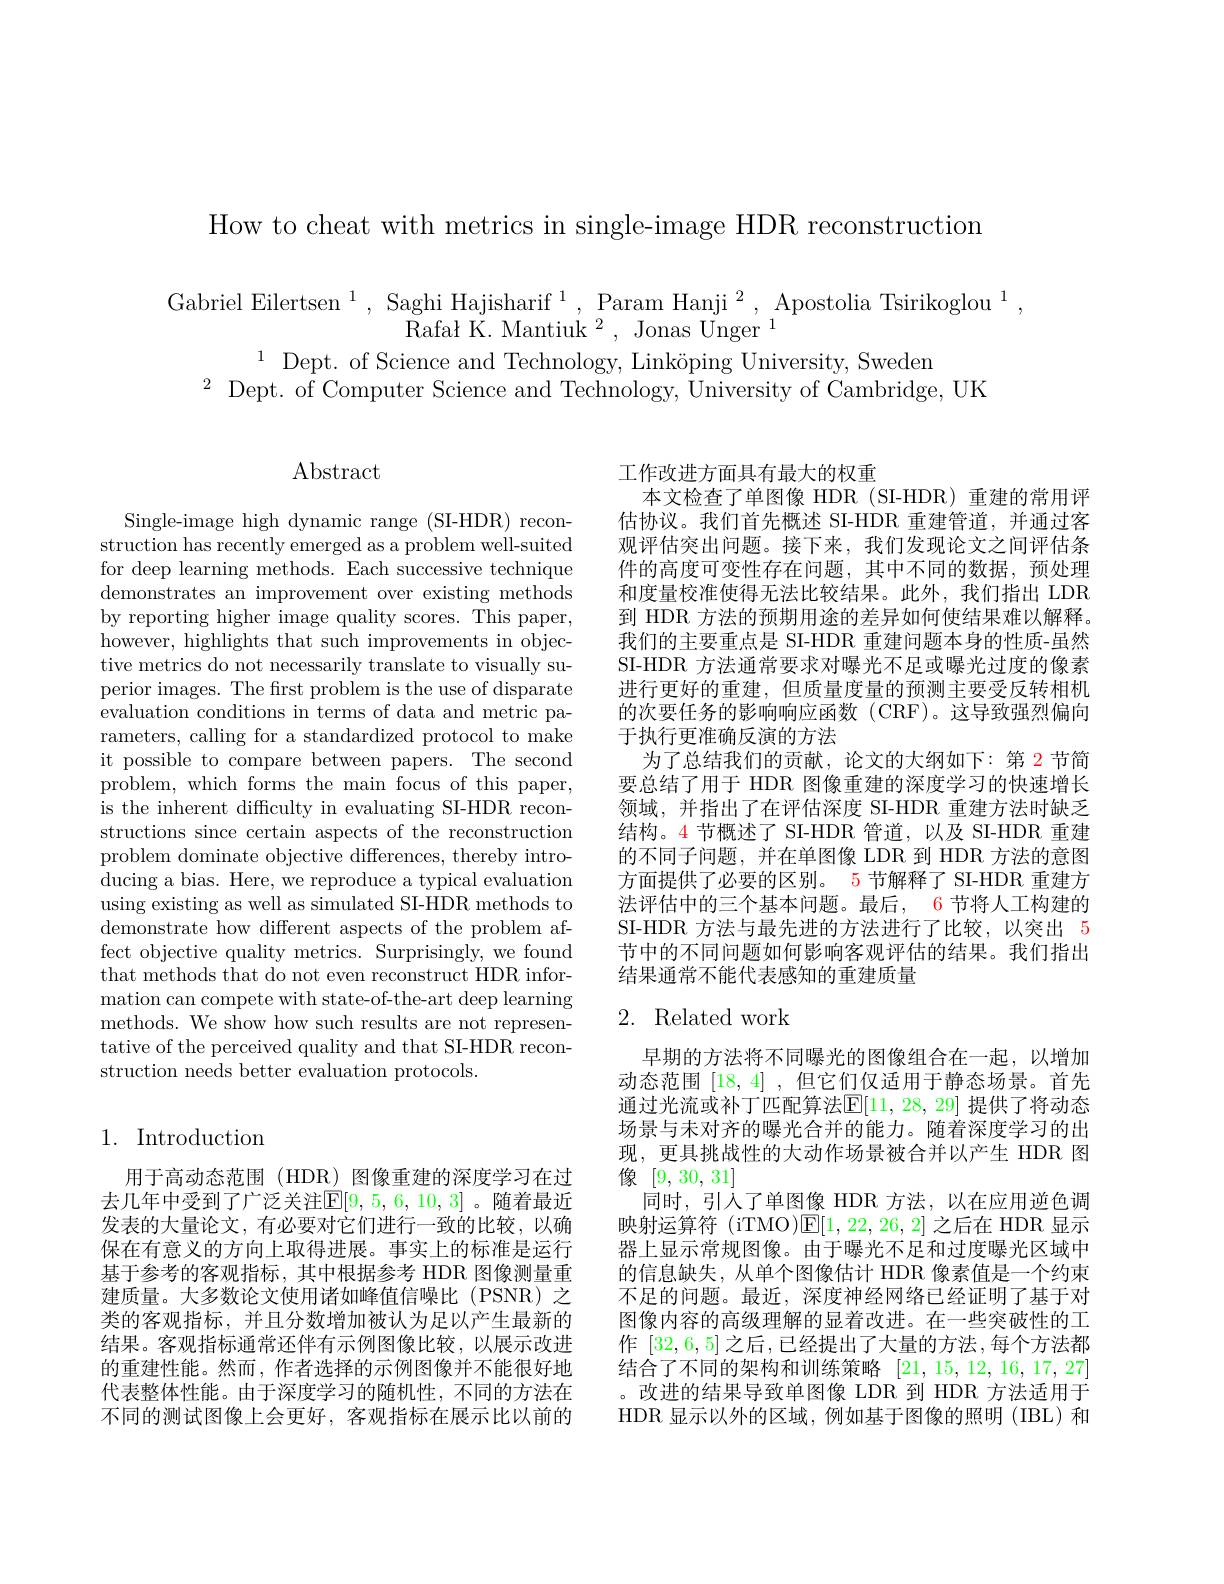
How to cheat with metrics in single-image HDR reconstruction

Gabriel Eilertsen$^1,\begin{array}{c}{\mathrm{Saghi~Hajisharif~}^{1},\mathrm{~Param~Hanji~}^{2},\mathrm{~Apostolia~Tsirikoglou~}^{1},}\\{\mathrm{Rafał~K.~Mantiuk~}^{2},\mathrm{~Jonas~Unger~}^{1}}\end{array}$
$^{1}$Dept. of Science and Technology, Linköping University, Sweden
$^{2}$Dept. of Computer Science and Technology, University of Cambridge, UK

Abstract

Single-image high dynamic range (SI-HDR) reconstruction has recently emerged as a problem well-suited for deep learning methods. Each successive technique demonstrates an improvement over existing methods by reporting higher image quality scores. This paper, however, highlights that such improvements in objective metrics do not necessarily translate to visually superior images. The first problem is the use of disparate evaluation conditions in terms of data and metric parameters, calling for a standardized protocol to make it possible to compare between papers. The second problem, which forms the main focus of this paper, is the inherent difficulty in evaluating SI-HDR reconstructions since certain aspects of the reconstruction problem dominate objective differences, thereby introducing a bias. Here, we reproduce a typical evaluation using existing as well as simulated SI-HDR methods to demonstrate how different aspects of the problem affect objective quality metrics. Surprisingly, we found that methods that do not even reconstruct HDR information can compete with state-of-the-art deep learning methods. We show how such results are not representative of the perceived quality and that SI-HDR reconstruction needs better evaluation protocols.

## 1. Introduction

用于高动态范围(HDR) 图像重建的深度学习在过去几年中受到了广泛关注$\mathbb{E}[9,5,6,10,3]$。随着最近发表的大量论文，有必要对它们进行一致的比较，以确保在有意义的方向上取得进展。事实上的标准是运行基于参考的客观指标，其中根据参考 HDR 图像测量重建质量。大多数论文使用诸如峰值信噪比(PSNR)之类的客观指标，并且分数增加被认为足以产生最新的结果。客观指标通常还伴有示例图像比较，以展示改进的重建性能。然而，作者选择的示例图像并不能很好地代表整体性能。由于深度学习的随机性，不同的方法在不同的测试图像上会更好，客观指标在展示比以前的

工作改进方面具有最大的权重
本文检查了单图像 HDR (SI-HDR)重建的常用评估协议。我们首先概述 SI-HDR 重建管道，并通过客观评估突出问题。接下来，我们发现论文之间评估条件的高度可变性存在问题，其中不同的数据，预处理和度量校准使得无法比较结果。此外，我们指出 LDR 到 HDR 方法的预期用途的差异如何使结果难以解释。我们的主要重点是 SI-HDR 重建问题本身的性质-虽然SI-HDR 方法通常要求对曝光不足或曝光过度的像素进行更好的重建，但质量度量的预测主要受反转相机的次要任务的影响响应函数(CRF)。这导致强烈偏向于执行更准确反演的方法
为了总结我们的贡献，论文的大纲如下：第 2 节简要总结了用于 HDR 图像重建的深度学习的快速增长领域，并指出了在评估深度 SI-HDR 重建方法时缺乏结构。4 节概述了 SI-HDR 管道，以及 SI-HDR 重建的不同子问题，并在单图像 LDR 到 HDR 方法的意图方面提供了必要的区别。5 节解释了 SI-HDR 重建方法评估中的三个基本问题。最后，6 节将人工构建的SI-HDR 方法与最先进的方法进行了比较，以突出 5节中的不同问题如何影响客观评估的结果。我们指出结果通常不能代表感知的重建质量

## 2. Related work

早期的方法将不同曝光的图像组合在一起，以增加动态范围[18,4] ,但它们仅适用于静态场景。首先通过光流或补丁匹配算法$\mathbb{E}[11,28,29]$ 提供了将动态场景与未对齐的曝光合并的能力。随着深度学习的出现，更具挑战性的大动作场景被合并以产生 HDR 图像[9,30,31]
同时，引入了单图像 HDR 方法，以在应用逆色调映射运算符 (iTMO)$\mathbb{E}[1,22,26,2]$之后在 HDR 显示器上显示常规图像。由于曝光不足和过度曝光区域中的信息缺失，从单个图像估计 HDR 像素值是一个约束不足的问题。最近，深度神经网络已经证明了基于对图像内容的高级理解的显着改进。在一些突破性的工作 [32,6,5]之后，已经提出了大量的方法，每个方法都结合了不同的架构和训练策略[21,15,12,16,17,27] 。改进的结果导致单图像 LDR 到 HDR 方法适用于HDR 显示以外的区域，例如基于图像的照明 (IBL) 和